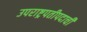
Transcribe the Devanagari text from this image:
उपराष्ट्रपतीपदाची